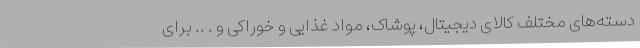
دسته‌های مختلف کالای دیجیتال، پوشاک، مواد غذایی و خوراکی و . .. برای